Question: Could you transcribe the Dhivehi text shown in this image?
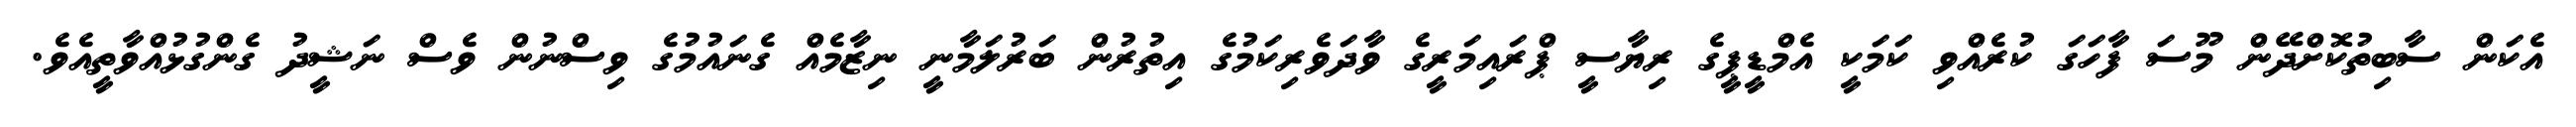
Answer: އެކަން ސާބިތުކޮށްދޭން މޫސަ ފާހަގަ ކުރެއްވި ކަމަކީ އެމްޑީޕީގެ ރިޔާސީ ޕްރައިމަރީގެ ވާދަވެރިކަމުގެ އިތުރުން ބަރުލަމާނީ ނިޒާމެއް ގެނައުމުގެ ވިސްނުން ވެސް ނަޝީދު ގެންގުޅުއްވާތީއެވެ.